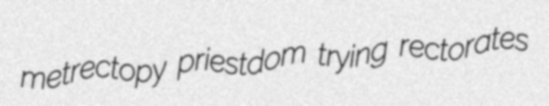
metrectopy priestdom trying rectorates